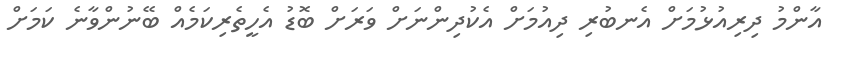
އާންމު ދިރިއުޅުމަށް އެނބުރި ދިއުމަށް އެކުދިންނަށް ވަރަށް ބޮޑު އެހީތެރިކަމެއް ބޭނުންވާނެ ކަމަށް